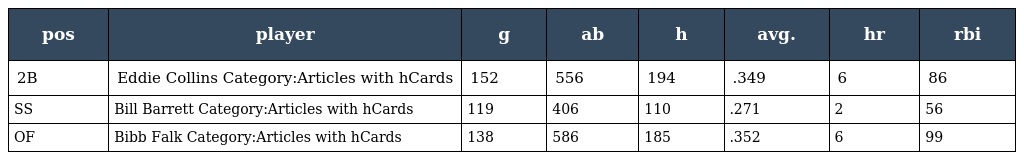
| pos | player | g | ab | h | avg. | hr | rbi |
 | --- | --- | --- | --- | --- | --- | --- | --- |
 | 2B | Eddie Collins Category:Articles with hCards | 152 | 556 | 194 | .349 | 6 | 86 |
 | SS | Bill Barrett Category:Articles with hCards | 119 | 406 | 110 | .271 | 2 | 56 |
 | OF | Bibb Falk Category:Articles with hCards | 138 | 586 | 185 | .352 | 6 | 99 |